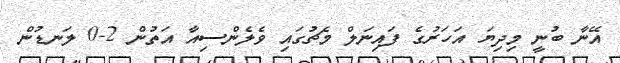
އޭނާ ބުނީ މިދިޔަ އަހަރުގެ ފައިނަލް މެޗުގައި ވެލެންސިއާ އަތުން 2-0 ލަނޑުން